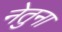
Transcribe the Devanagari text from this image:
नेतुना